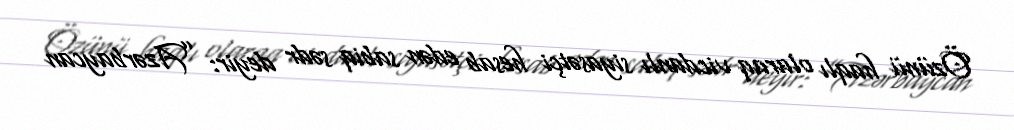
Özünü haqlı olaraq vicdanlı siyasətçi hesab edən sabiq sədr deyir: ”Azərbaycan